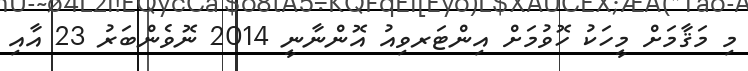
މި މަޤާމަށް މީހަކު ހޮވުމަށް އިންޓަރވިއު އޮންނާނީ 2014 ނޮވެންބަރު 23 އާއި